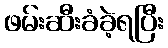
ဖမ်းဆီးခံခဲ့ရပြီး